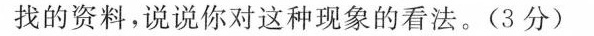
找的资料，说说你对这种现象的看法。（3分）